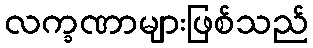
လက္ခဏာများဖြစ်သည်